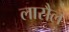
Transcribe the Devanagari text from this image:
लासैल